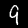
Digit: 9